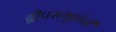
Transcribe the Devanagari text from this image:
द्वीपसमूहांची